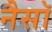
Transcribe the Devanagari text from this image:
नैसॉ